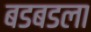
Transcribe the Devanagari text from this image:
बडबडला